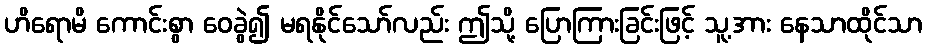
ဟိရောမိ ကောင်းစွာ ဝေခွဲ၍ မရနိုင်သော်လည်း ဤသို့ ပြောကြားခြင်းဖြင့် သူ့အား နေသာထိုင်သာ